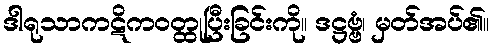
ဒါရုသာကဋိကဝတ္ထုပြီးခြင်းကို။ ဒဋ္ဌဗ္ဗံ၊ မှတ်အပ်၏။